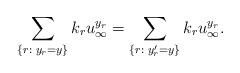
LaTeX: \begin{align*}\sum_{\{r:\; y_r = y\}}k_ru_{\infty}^{y_r} = \sum_{\{r:\; y_r' = y\}}k_ru_{\infty}^{y_r}.\end{align*}